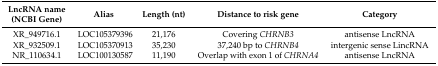
<table><thead><tr><td><b>LncRNA name (NCBI Gene)</b></td><td><b>Alias</b></td><td><b>Length (nt)</b></td><td><b>Distance to risk gene</b></td><td><b>Category</b></td></tr></thead><tbody><tr><td>XR_949716.1</td><td>LOC105379396</td><td>21,176</td><td>Covering <i>CHRNB3</i></td><td>antisense LncRNA</td></tr><tr><td>XR_932509.1</td><td>LOC105370913</td><td>35,230</td><td>37,240 bp to <i>CHRNB4</i></td><td>intergenic sense LincRNA</td></tr><tr><td>NR_110634.1</td><td>LOC100130587</td><td>11,190</td><td>Overlap with exon 1 of <i>CHRNA4</i></td><td>antisense LncRNA</td></tr></tbody></table>